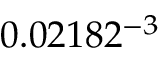
0 . 0 2 1 8 2 \AA ^ { - 3 }